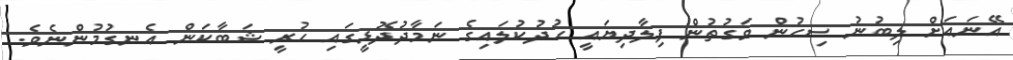
އޭނައަށް ލިބުނު ސިހުން ވަގުތުން ފިލާދިޔައީ ހުދުކުލައިގެ ނަމާދުދޮޅީގައި ހުރީ ޝަބާކަން އެނގުމުންނެވެ.